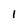
Character: 1